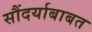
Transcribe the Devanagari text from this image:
सौंदर्याबाबत